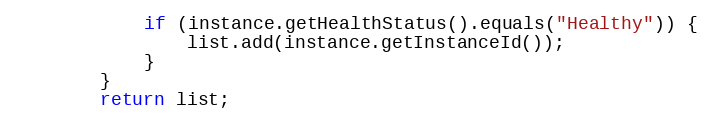
Language: Java
            if (instance.getHealthStatus().equals("Healthy")) {
                list.add(instance.getInstanceId());
            }
        }
        return list;